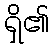
ရှိ၏